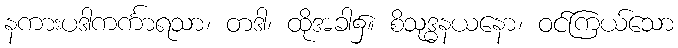
နကားပဒါကင်္ကာရသာ၊ တဒါ၊ ထိုအခါ၌။ စိသုဒ္ဓနယနော၊ ဝင်ကြယ်သော